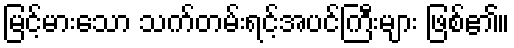
မြင့်မားသော သက်တမ်းရင့်အပင်ကြီးများ ဖြစ်၏။